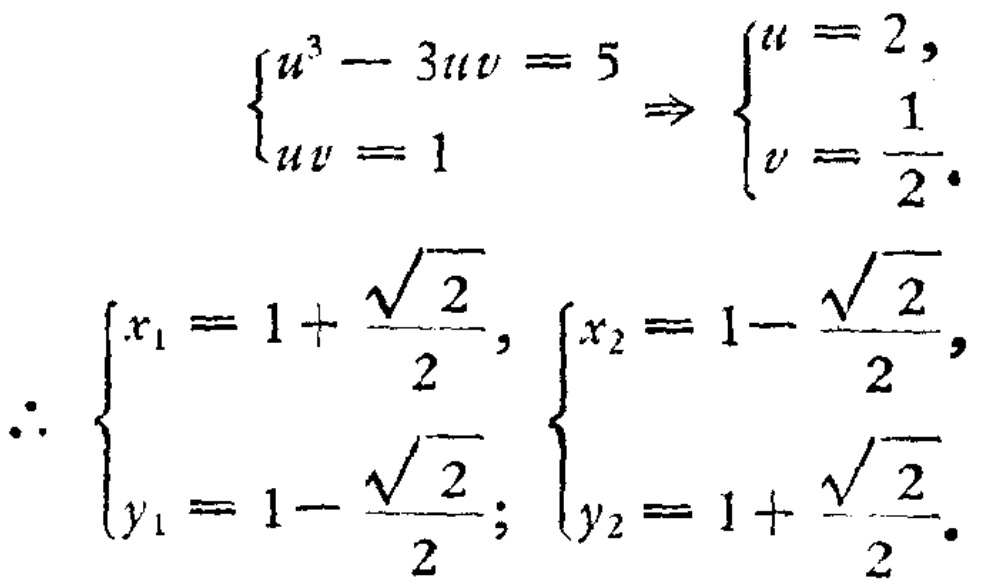
\[
\begin{cases}
u^{3}-3uv = 5 \\
uv = 1
\end{cases}
\Rightarrow
\begin{cases}
u = 2, \\
v=\frac{1}{2}.
\end{cases}
\]
\[
\therefore
\begin{cases}
x_{1}=1+\frac{\sqrt{2}}{2}, \\
y_{1}=1 - \frac{\sqrt{2}}{2};
\end{cases}
\begin{cases}
x_{2}=1-\frac{\sqrt{2}}{2}, \\
y_{2}=1+\frac{\sqrt{2}}{2}.
\end{cases}
\]